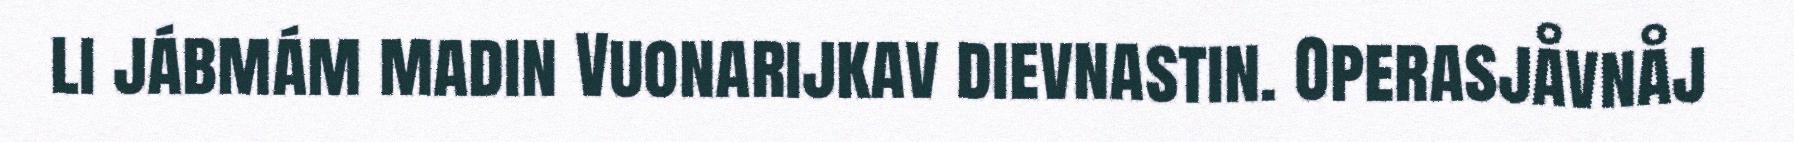
li jábmám madin Vuonarijkav dievnastin. Operasjåvnåj